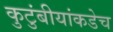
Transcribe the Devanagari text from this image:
कुटुंबीयांकडेच